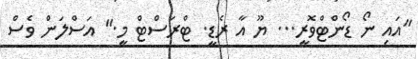
"އައި ނޯ ޑޯންޓްވޮރީ... ޔޫ އާ ރެޑީ. ޓްރަސްޓް މީ." އަސްލަން ވެސް